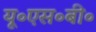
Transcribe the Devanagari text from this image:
यू॰एस॰बी॰